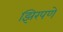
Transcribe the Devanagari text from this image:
झिरपणे